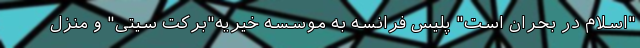
"اسلام در بحران است" پلیس فرانسه به موسسه خیریه"برکت سیتی" و منزل